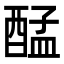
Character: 𮠴